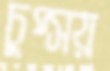
চুপ্‌সয়